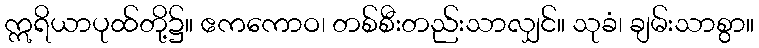
ဣရိယာပုထ်တို့၌။ ဧကကောဝ၊ တစ်စီးတည်းသာလျှင်။ သုခံ၊ ချမ်းသာစွာ။